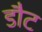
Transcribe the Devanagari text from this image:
डौट